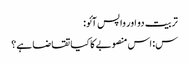
تربیت دو اور واپس آئو:
س: اس منصوبے کا کیا تقاضا ہے؟